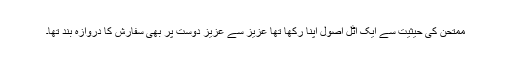
ممتحن کی حیثیت سے ایک اٹل اصول اپنا رکھا تھا عزیز سے عزیز دوست پر بھی سفارش کا دروازہ بند تھا۔